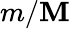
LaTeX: m/\mathbf{M}